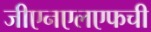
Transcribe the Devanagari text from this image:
जीएनएलएफची